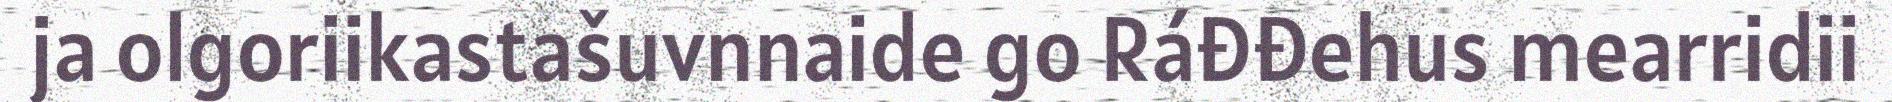
ja olgoriikastašuvnnaide go Ráđđehus mearridii